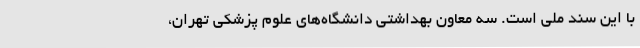
با این سند ملی است. سه معاون بهداشتی دانشگاه‌های علوم پزشکی تهران،